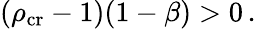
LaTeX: (\rho_{\mathrm{cr}}-1)(1-\beta)>0\, .